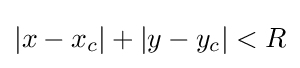
|x-x_{c}|+|y-y_{c}|<R